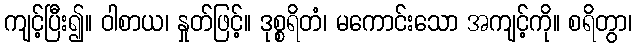
ကျင့်ပြီး၍။ ဝါစာယ၊ နှုတ်ဖြင့်။ ဒုစ္စရိတံ၊ မကောင်းသော အကျင့်ကို။ စရိတွာ၊